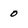
Character: 0